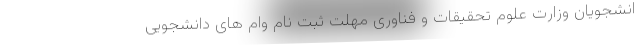
انشجویان وزارت علوم تحقیقات و فناوری مهلت ثبت نام وام های دانشجویی